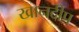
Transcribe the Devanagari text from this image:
खानदीप